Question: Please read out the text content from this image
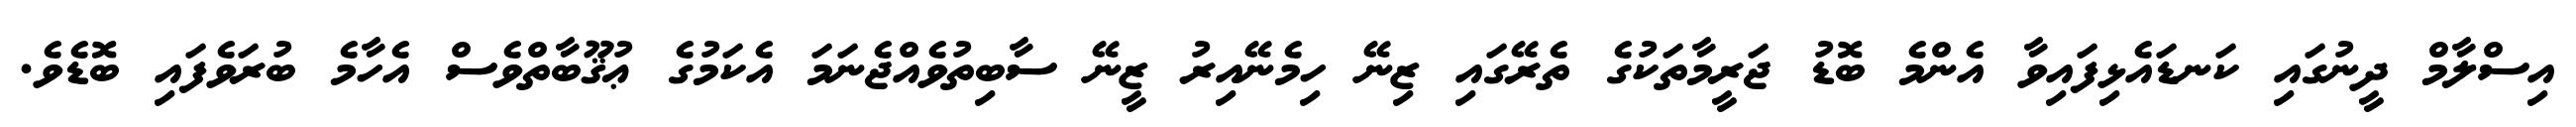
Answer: އިސްލާމް ދީނުގައި ކަނޑައެޅިފައިވާ އެންމެ ބޮޑު ޖަރީމާތަކުގެ ތެރޭގައި ޒިނޭ ހިމެނޭއިރު ޒީނޭ ސާބިތުވެއްޖެނަމަ އެކަމުގެ ޢުޤޫބާތްވެސް އެހާމެ ބުރަވެފައި ބޮޑެވެ.